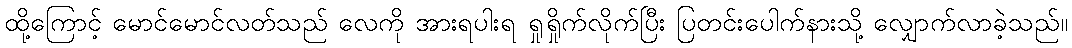
ထို့ကြောင့် မောင်မောင်လတ်သည် လေကို အားရပါးရ ရှုရှိုက်လိုက်ပြီး ပြတင်းပေါက်နားသို့ လျှောက်လာခဲ့သည်။